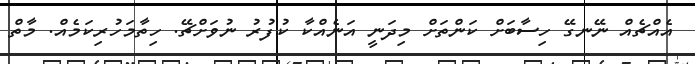
އެއްޗެއް ނޭނގޭ ހިސާބަށް ކަންތަށް މިދަނީ އަނެއްކާ ކުފުރު ނުވަށްޗޭ. ހިތާމަހުރިކަމެއް. މާތް